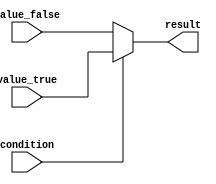
module conditional_operator_assign (
    input wire condition,              // Condition input (can be a wire or reg)
    input wire [7:0] value_true,      // Value to assign if condition is true
    input wire [7:0] value_false,     // Value to assign if condition is false
    output reg [7:0] result           // Output result
);

    // Behavioral modeling using the ternary operator
    always @(*) begin
        result = (condition) ? value_true : value_false;
    end

endmodule